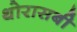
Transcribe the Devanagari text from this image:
थोरासबी